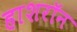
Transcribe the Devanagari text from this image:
हाशरॉन